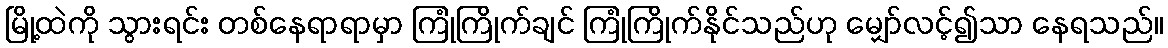
မြို့ထဲကို သွားရင်း တစ်နေရာရာမှာ ကြုံကြိုက်ချင် ကြုံကြိုက်နိုင်သည်ဟု မျှော်လင့်၍သာ နေရသည်။